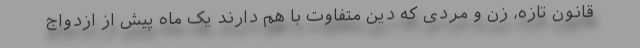
قانون تازه، زن و مردی که دین‌ متفاوت با هم دارند یک ماه پیش از ازدواج